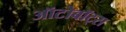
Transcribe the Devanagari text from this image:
ऑटोबॉट्स